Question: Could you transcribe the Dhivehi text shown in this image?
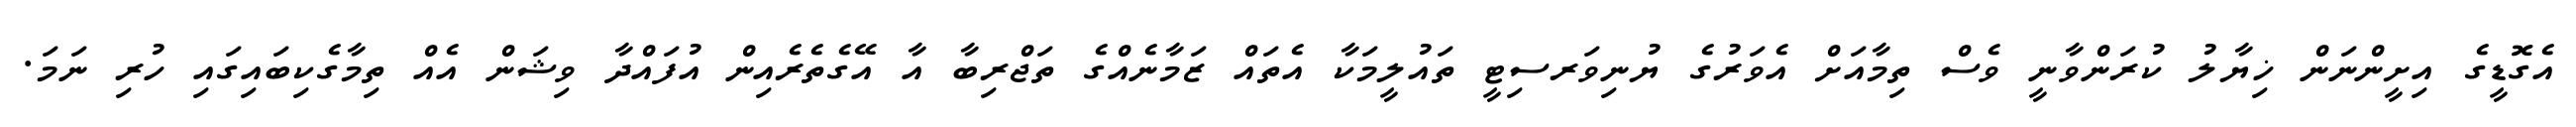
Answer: އެގޮޑީގެ އިށީންނަން ޚިޔާލު ކުރަންވާނީ ވެސް ތިމާއަށް އެވަރުގެ ޔުނިވަރސިޓީ ތައުލީމަކާ އެތައް ޒަމާނެއްގެ ތަޖްރިބާ އާ އޭގެތެރެއިން އުފައްދާ ވިޝަން އެއް ތިމާގެކިބައިގައި ހުރި ނަމަ.